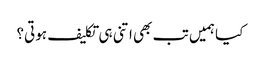
کیا ہمیں تب بھی اتنی ہی تکلیف ہوتی؟